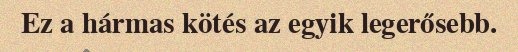
Ez a hármas kötés az egyik legerősebb.